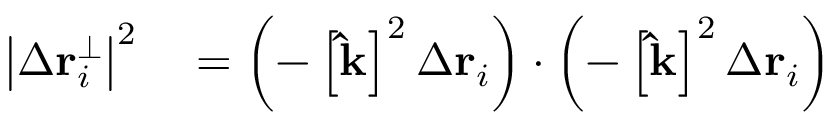
\begin{array} { r l } { \left| \Delta \mathbf { r } _ { i } ^ { \perp } \right| ^ { 2 } } & { { } = \left( - \left[ \mathbf { \hat { k } } \right] ^ { 2 } \Delta \mathbf { r } _ { i } \right) \cdot \left( - \left[ \mathbf { \hat { k } } \right] ^ { 2 } \Delta \mathbf { r } _ { i } \right) } \end{array}